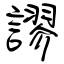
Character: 謬